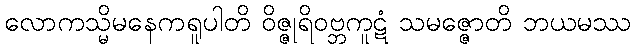
လောကသ္မိမနေကရူပါတိ ဝိဇ္ဇုရိဝဗ္ဘကူဋံ သမဇ္ဇောတိ ဘယမဿ